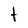
Character: t